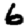
Digit: 6